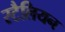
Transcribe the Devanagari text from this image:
स्टैलियन